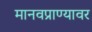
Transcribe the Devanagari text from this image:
मानवप्राण्यावर